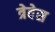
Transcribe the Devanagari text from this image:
त्रेवेस